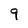
Character: 9